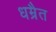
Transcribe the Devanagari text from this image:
धम्रैत